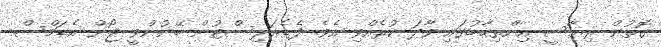
ގޮތުން ރިޔާސީ އިންތިޚާބުގައި ވާދަ ކުރެއްވި އެވެ. ފެޑެރަލިސްޓުން ބޭނުންވީ ޖޯން އެޑަމްސް